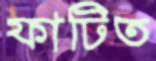
ফাটিত